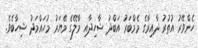
ހެންވޭރު އުތުރު ދާއިރާގެ މެމްބަރު އަބްދު ޝާހިދާއި މާލޭގެ މޭޔަރު މުހައްމަދު ޝިހާބެވެ.